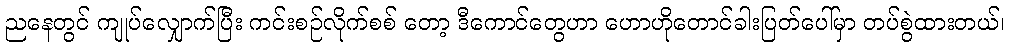
ညနေတွင် ကျုပ်လျှောက်ပြီး ကင်းစဉ်လိုက်စစ် တော့ ဒီကောင်တွေဟာ ဟောဟိုတောင်ခါးပြတ်ပေါ်မှာ တပ်စွဲထားတယ်၊